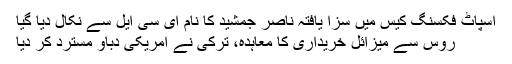
اسپاٹ فکسنگ کیس میں سزا یافتہ ناصر جمشید کا نام ای سی ایل سے نکال دیا گیا
روس سے میزائل خریداری کا معاہدہ، ترکی نے امریکی دباؤ مسترد کر دیا